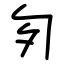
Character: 匇